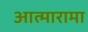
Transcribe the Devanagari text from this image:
आत्मारामा